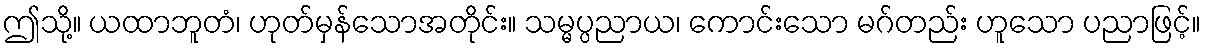
ဤသို့။ ယထာဘူတံ၊ ဟုတ်မှန်သောအတိုင်း။ သမ္မပ္ပညာယ၊ ကောင်းသော မဂ်တည်း ဟူသော ပညာဖြင့်။